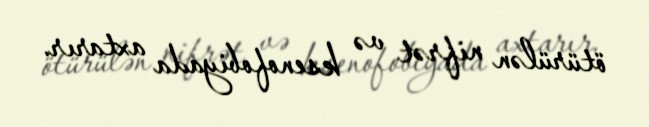
ötürülən nifrət və ksenofobiyada axtarır.